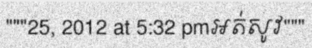
"""25, 2012 at 5:32 pmអត់សូវ"""